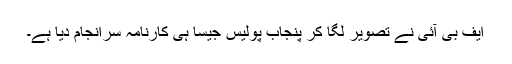
ایف بی آئی نے تصویر لگا کر پنجاب پولیس جیسا ہی کارنامہ سرانجام دیا ہے۔